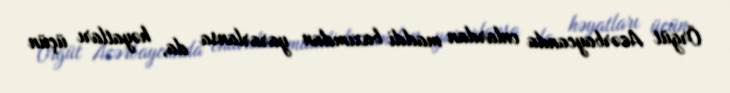
Örgüt Azərbaycanda onlardan maddi baxımdan yararlansa da, həyatları üçün